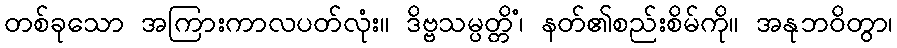
တစ်ခုသော အကြားကာလပတ်လုံး။ ဒိဗ္ဗသမ္ပတ္တိံ၊ နတ်၏စည်းစိမ်ကို။ အနုဘဝိတွာ၊